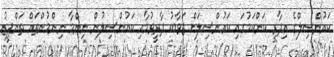
ކައުންސިލްގެ އިދާރީ ކަންކަމުގައި ކައުންސިލަށް ޖަވާބު ދާރީވުމާއި ކައުންސިލުން ނިންމާ ނިންމުންތައް ތަންފީޒު